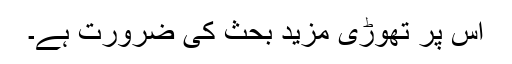
اس پر تھوڑی مزید بحث کی ضرورت ہے۔